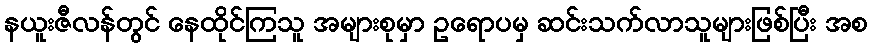
နယူးဇီလန်တွင် နေထိုင်ကြသူ အများစုမှာ ဥရောပမှ ဆင်းသက်လာသူများဖြစ်ပြီး အစ